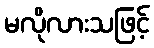
မလိုလားသဖြင့်